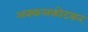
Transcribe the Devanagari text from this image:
अक्कलकोटकर